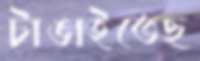
টাঙাইতেছ